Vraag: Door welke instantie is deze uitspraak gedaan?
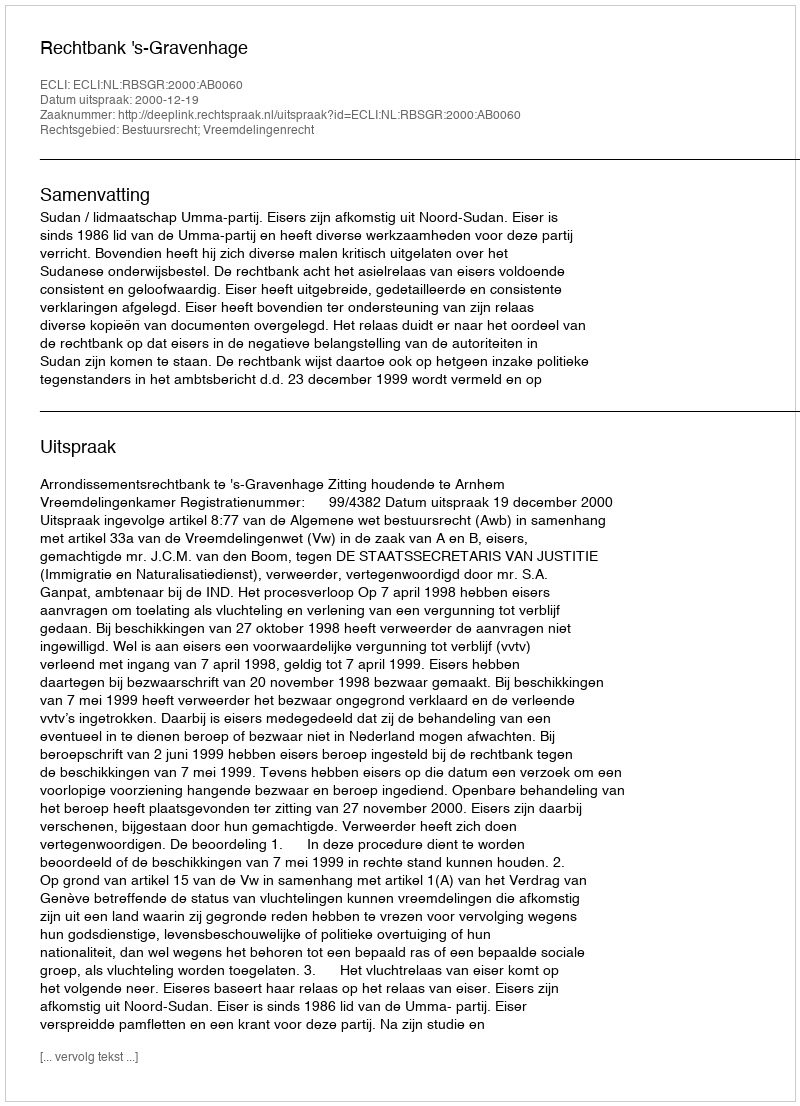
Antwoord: Rechtbank 's-Gravenhage